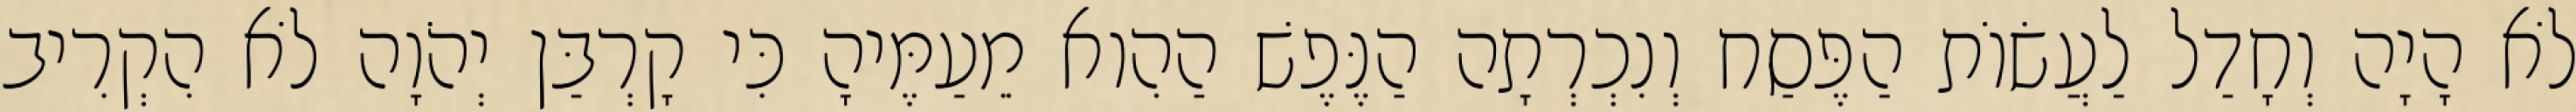
לֹא הָיָה וְחָדַל לַעֲשׂוֹת הַפֶּסַח וְנִכְרְתָה הַנֶּפֶשׁ הַהִוא מֵעַמֶּיהָ כִּי קָרְבַּן יְהֹוָה לֹא הִקְרִיב